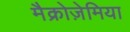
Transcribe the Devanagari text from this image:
मैक्रोज़ेमिया